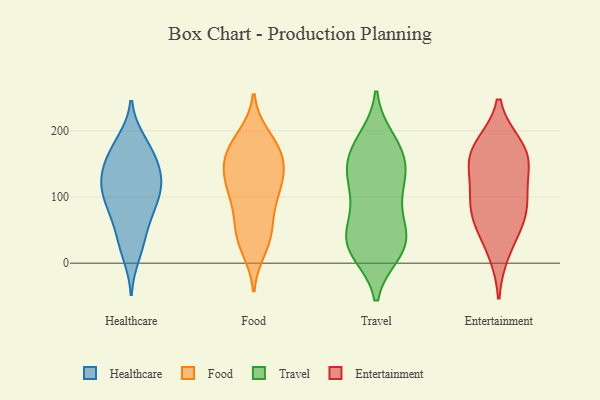
{"axis": {"x": "Production Output", "y": "Value"}, "legend": ["Entertainment", "Food", "Healthcare", "Travel"], "data": [{"x": "", "y": 82, "type": "Healthcare"}, {"x": "", "y": 184, "type": "Healthcare"}, {"x": "", "y": 13, "type": "Healthcare"}, {"x": "", "y": 127, "type": "Healthcare"}, {"x": "", "y": 73, "type": "Healthcare"}, {"x": "", "y": 115, "type": "Healthcare"}, {"x": "", "y": 167, "type": "Healthcare"}, {"x": "", "y": 147, "type": "Healthcare"}, {"x": "", "y": 87, "type": "Healthcare"}, {"x": "", "y": 31, "type": "Healthcare"}, {"x": "", "y": 116, "type": "Healthcare"}, {"x": "", "y": 95, "type": "Healthcare"}, {"x": "", "y": 135, "type": "Healthcare"}, {"x": "", "y": 122, "type": "Healthcare"}, {"x": "", "y": 155, "type": "Healthcare"}, {"x": "", "y": 180, "type": "Healthcare"}, {"x": "", "y": 43, "type": "Healthcare"}, {"x": "", "y": 115, "type": "Food"}, {"x": "", "y": 123, "type": "Food"}, {"x": "", "y": 189, "type": "Food"}, {"x": "", "y": 130, "type": "Food"}, {"x": "", "y": 47, "type": "Food"}, {"x": "", "y": 172, "type": "Food"}, {"x": "", "y": 78, "type": "Food"}, {"x": "", "y": 60, "type": "Food"}, {"x": "", "y": 165, "type": "Food"}, {"x": "", "y": 27, "type": "Food"}, {"x": "", "y": 158, "type": "Food"}, {"x": "", "y": 110, "type": "Food"}, {"x": "", "y": 90, "type": "Food"}, {"x": "", "y": 162, "type": "Food"}, {"x": "", "y": 41, "type": "Food"}, {"x": "", "y": 164, "type": "Food"}, {"x": "", "y": 192, "type": "Food"}, {"x": "", "y": 139, "type": "Food"}, {"x": "", "y": 21, "type": "Food"}, {"x": "", "y": 120, "type": "Food"}, {"x": "", "y": 147, "type": "Travel"}, {"x": "", "y": 16, "type": "Travel"}, {"x": "", "y": 169, "type": "Travel"}, {"x": "", "y": 135, "type": "Travel"}, {"x": "", "y": 37, "type": "Travel"}, {"x": "", "y": 187, "type": "Travel"}, {"x": "", "y": 23, "type": "Travel"}, {"x": "", "y": 78, "type": "Travel"}, {"x": "", "y": 124, "type": "Travel"}, {"x": "", "y": 180, "type": "Travel"}, {"x": "", "y": 123, "type": "Travel"}, {"x": "", "y": 34, "type": "Travel"}, {"x": "", "y": 18, "type": "Travel"}, {"x": "", "y": 61, "type": "Travel"}, {"x": "", "y": 98, "type": "Travel"}, {"x": "", "y": 138, "type": "Travel"}, {"x": "", "y": 48, "type": "Travel"}, {"x": "", "y": 23, "type": "Travel"}, {"x": "", "y": 171, "type": "Travel"}, {"x": "", "y": 107, "type": "Entertainment"}, {"x": "", "y": 91, "type": "Entertainment"}, {"x": "", "y": 177, "type": "Entertainment"}, {"x": "", "y": 177, "type": "Entertainment"}, {"x": "", "y": 63, "type": "Entertainment"}, {"x": "", "y": 145, "type": "Entertainment"}, {"x": "", "y": 160, "type": "Entertainment"}, {"x": "", "y": 86, "type": "Entertainment"}, {"x": "", "y": 17, "type": "Entertainment"}, {"x": "", "y": 153, "type": "Entertainment"}, {"x": "", "y": 59, "type": "Entertainment"}]}